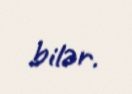
bilər.